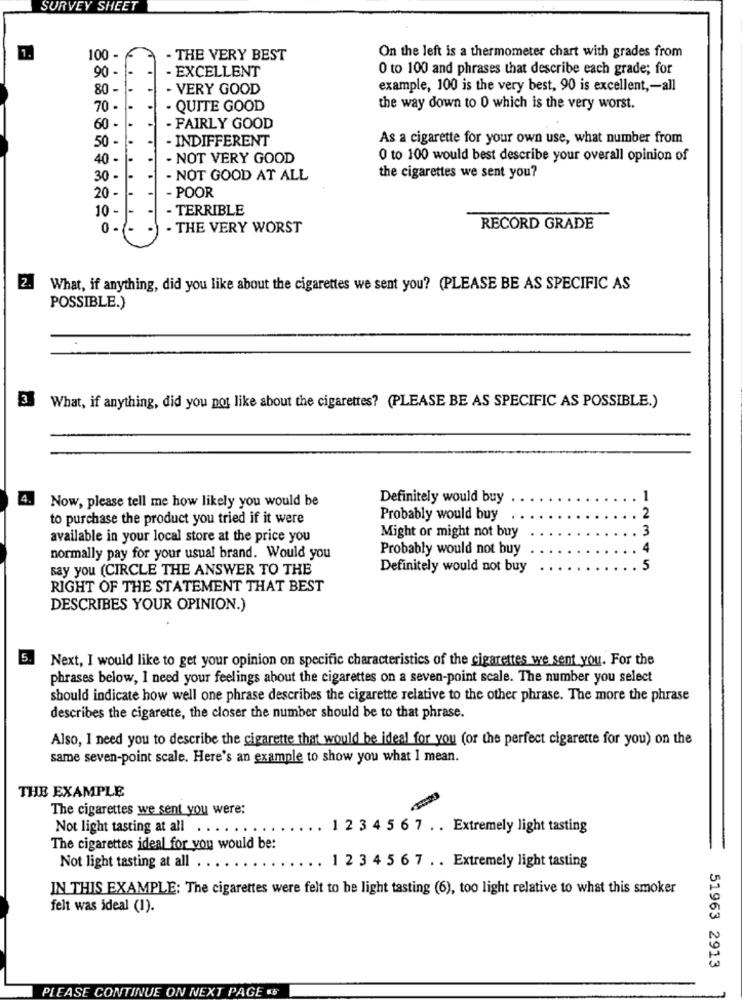
SURVEY SHEET
1.
100 -
- THE VERY BEST
On the left is a thermometer chart with grades from
90 -
- EXCELLENT
0 to 100 and phrases that describe each grade; for
80 -
- VERY GOOD
example, 100 is the very best, 90 is excellent ,- all
70 -
. QUITE GOOD
the way down to 0 which is the very worst.
60 -
- FAIRLY GOOD
50 -
INDIFFERENT
As a cigarette for your own use, what number from
40 -
- NOT VERY GOOD
0 to 100 would best describe your overall opinion of
30 -
- NOT GOOD AT ALL
the cigarettes we sent you?
20 -
- POOR
10 -
- TERRIBLE
0
. THE VERY WORST
RECORD GRADE
2. What, if anything, did you like about the cigarettes we sent you? (PLEASE BE AS SPECIFIC AS
POSSIBLE.)
M
What, if anything, did you not like about the cigarettes? (PLEASE BE AS SPECIFIC AS POSSIBLE.)
4.
Now, please tell me how likely you would be
Definitely would buy
1
2
to purchase the product you tried if it were
Probably would buy
3
available in your local store at the price you
Might or might not buy
Probably would not buy
normally pay for your usual brand. Would you
say you (CIRCLE THE ANSWER TO THE
Definitely would not buy
2345
RIGHT OF THE STATEMENT THAT BEST
DESCRIBES YOUR OPINION.)
5.
Next, I would like to get your opinion on specific characteristics of the cigarettes we sent you. For the
phrases below, I need your feelings about the cigarettes on a seven-point scale. The number you select
should indicate how well one phrase describes the cigarette relative to the other phrase. The more the phrase
describes the cigarette, the closer the number should be to that phrase.
Also, I need you to describe the cigarette that would be ideal for you (or the perfect cigarette for you) on the
same seven-point scale. Here's an example to show you what I mean.
THE EXAMPLE
The cigarettes we sent you were:
Not light tasting at all .......
1 2 3 4 5 6 7 . . Extremely light tasting
The cigarettes ideal for you would be:
Not light tasting at all . .
1 2 3 4 5 6 7 . . Extremely light tasting
IN THIS EXAMPLE: The cigarettes were felt to be light tasting (6), too light relative to what this smoker
felt was ideal (1).
51963 2913
PLEASE CONTINUE ON NEXT PAGE «$